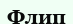
Флип